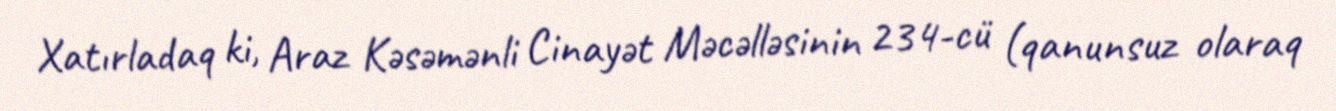
Xatırladaq ki, Araz Kəsəmənli Cinayət Məcəlləsinin 234-cü (qanunsuz olaraq